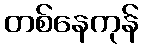
တစ်နေကုန်